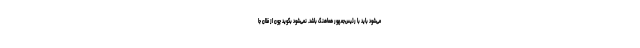
می‌شود باید با رئیس‌جمهور هماهنگ باشد. نمی‌شود بگوید چون از فلان جا